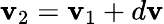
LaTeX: \mathbf{v}_{2}=\mathbf{v}_{1}+d\mathbf{v}